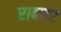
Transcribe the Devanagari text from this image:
राब्बार